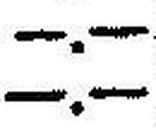
—.—